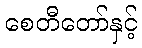
စေတီတော်နှင့်